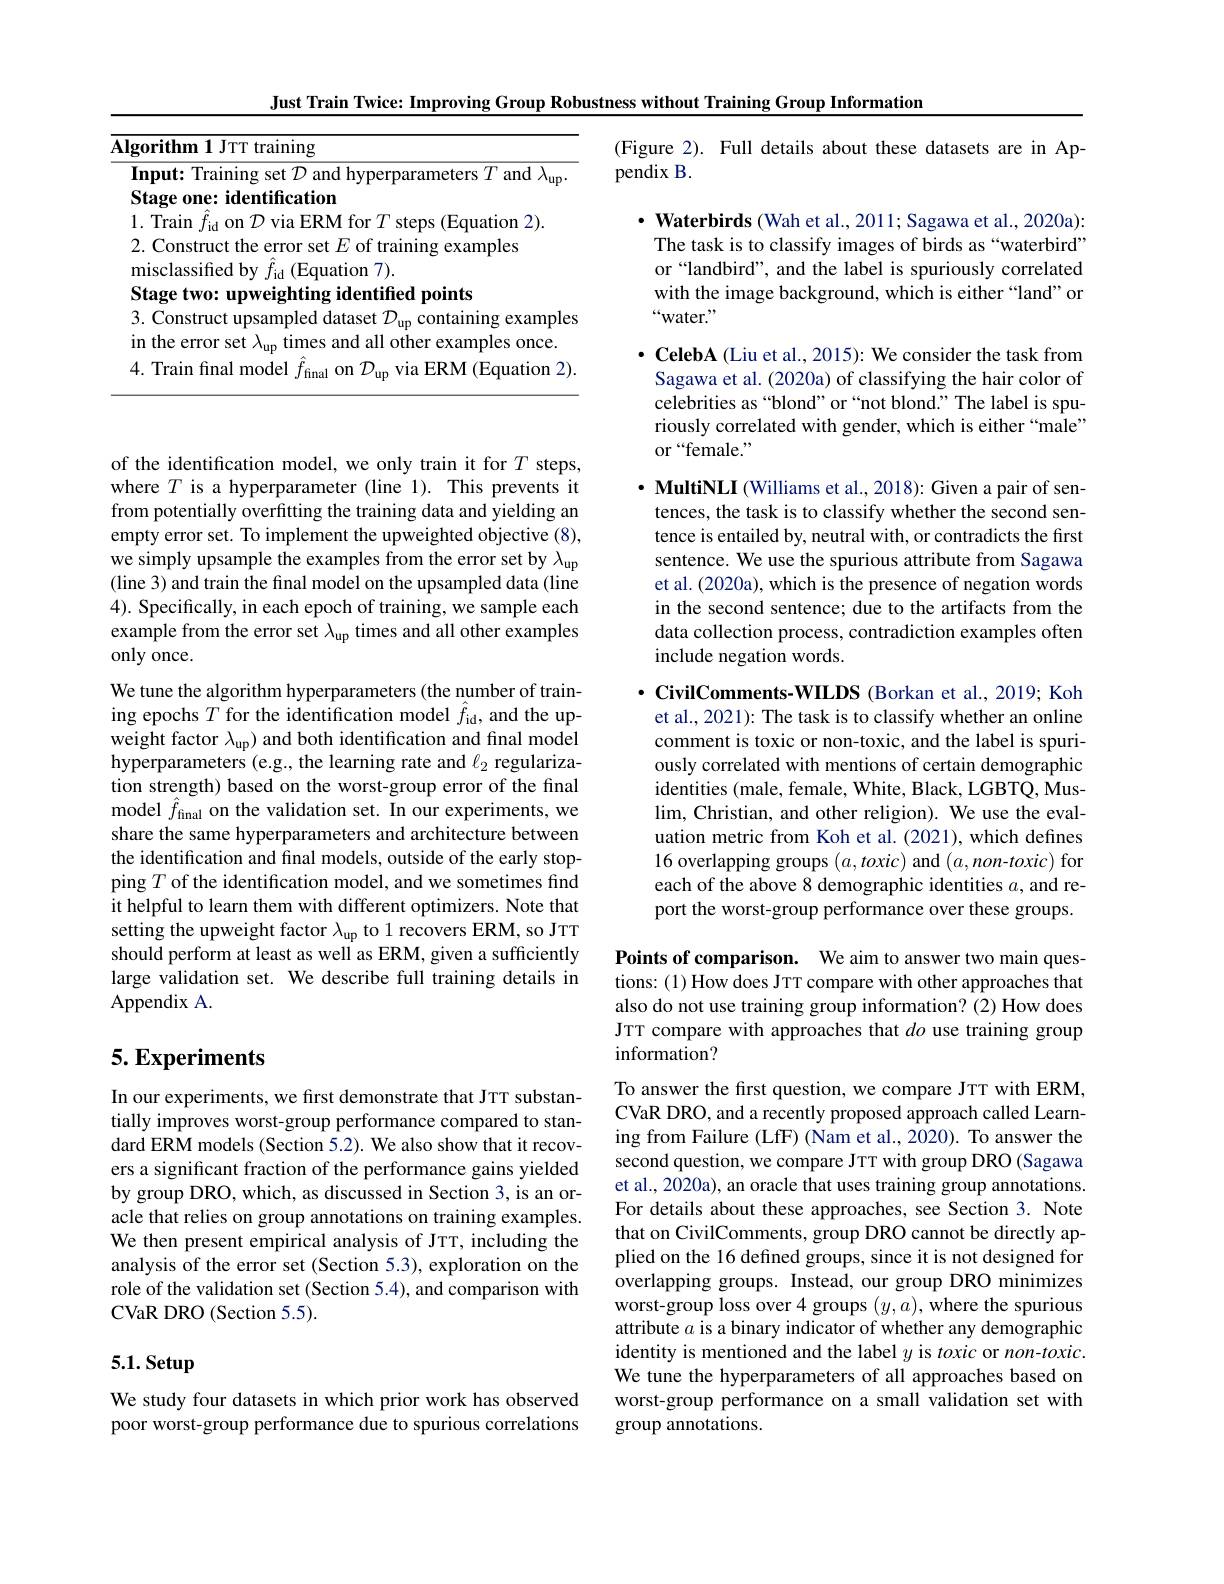
Just Train Twice: Improving Group Robustness without Training Group Information

<table>
	<tbody>
		<tr>
			<td>$\overline{\mathbf{A}}$ A 1</td>
			<td>$\overline{\text{training}}$</td>
		</tr>
	</tbody>
</table>

of the identification model, we only train it for $T$ steps, where $T$ is a hyperparameter (line 1). This prevents it from potentially overfitting the training data and yielding an empty error set. To implement the upweighted objective (8), we simply upsample the examples from the error set by $\lambda_\mathrm{up}$ (line 3) and train the final model on the upsampled data (line 4). Specifically, in each epoch of training, we sample each example from the error set $\lambda_\mathrm{up}$ times and all other examples only once.
We tune the algorithm hyperparameters (the number of training epochs $T$ for the identification model $\hat{f}_\mathrm{id}$, and the upweight factor $\lambda_\mathrm{up})$ and both identification and final model hyperparameters (e.g., the learning rate and $\ell_2$ regularization strength) based on the worst-group error of the final model $\hat{f}_{\mathrm{final}}$ on the validation set. In our experiments, we share the same hyperparameters and architecture between the identification and final models, outside of the early stopping $T$ of the identification model, and we sometimes find it helpful to learn them with different optimizers. Note that setting the upweight factor $\lambda_\mathrm{up}$ to 1 recovers ERM, so JTT should perform at least as well as ERM, given a sufficiently large validation set. We describe full training details in Appendix A.

# 5. Experiments

In our experiments, we first demonstrate that JTT substantially improves worst-group performance compared to standard ERM models (Section 5.2). We also show that it recovers a significant fraction of the performance gains yielded by group DRO, which, as discussed in Section 3, is an oracle that relies on group annotations on training examples. We then present empirical analysis of JTT, including the analysis of the error set (Section 5.3), exploration on the role of the validation set (Section 5.4), and comparison with CVaR DRO (Section 5.5).

# 5.1. Setup

We study four datasets in which prior work has observed poor worst-group performance due to spurious correlations

(Figure 2). Full details about these datasets are in Ap-
pendix B.

$\cdot$ Waterbirds (Wah et al., 2011; Sagawa et al., 2020a): The task is to classify images of birds as “waterbird” or “landbird”, and the label is spuriously correlated with the image background, which is either“land”or “water.”

$\cdot$ CelebA (Liu et al., 2015): We consider the task from Sagawa et al. (2020a) of classifying the hair color of celebrities as“blond”or“not blond."The label is spuriously correlated with gender, which is either “male” or “female.”

$\cdot$ MultiNLI (Williams et al., 2018): Given a pair of sen-
tences, the task is to classify whether the second sentence is entailed by, neutral with, or contradicts the first sentence. We use the spurious attribute from Sagawa et al. (2020a), which is the presence of negation words in the second sentence; due to the artifacts from the data collection process, contradiction examples often include negation words.

$\cdot$ CivilComments-WILDS (Borkan et al., 2019; Koh et al., 2021): The task is to classify whether an online comment is toxic or non-toxic, and the label is spuriously correlated with mentions of certain demographic identities (male, female, White, Black, LGBTQ, Mus- $\lim$, Christian, and other religion). We use the evaluation metric from Koh et al. (2021), which defines 16 overlapping groups $(a,toxic)$ and $(a,non-toxic)$ for each of the above 8 demographic identities $a$, and report the worst-group performance over these groups.

Points of comparison. We aim to answer two main questions: (1) How does JTT compare with other approaches that also do not use training group information? (2) How does JTT compare with approaches that $do$ use training group information?

To answer the first question, we compare JTT with ERM, CVaR DRO, and a recently proposed approach called Learning from Failure (LfF) (Nam et al.,2020). To answer the second question, we compare JTT with group DRO (Sagawa et al., 2020a), an oracle that uses training group annotations. For details about these approaches, see Section 3. Note that on CivilComments, group DRO cannot be directly applied on the 16 defined groups, since it is not designed for overlapping groups. Instead, our group DRO minimizes worst-group loss over 4 groups $(y,a)$,where the spurious attribute $a$ is a binary indicator of whether any demographic identity is mentioned and the label $y$ is toxic or non-toxic. We tune the hyperparameters of all approaches based on worst-group performance on a small validation set with group annotations.